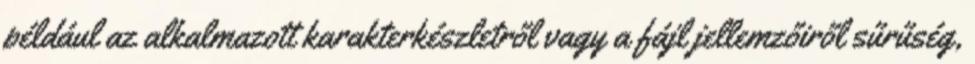
például az alkalmazott karakterkészletről vagy a fájl jellemzőiről sűrűség,